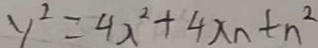
y ^ { 2 } = 4 x ^ { 2 } + 4 x _ { n } + n ^ { 2 }